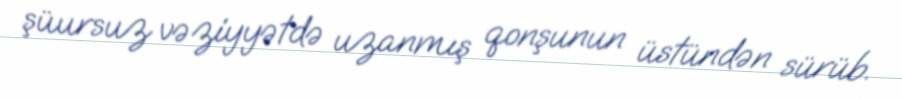
şüursuz vəziyyətdə uzanmış qonşunun üstündən sürüb.